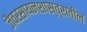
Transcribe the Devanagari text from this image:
जैवरसायनशास्त्रातील